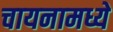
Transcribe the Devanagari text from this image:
चायनामध्ये